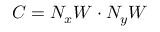
C = { N } _ { x } W \cdot { { N } _ { y } } W